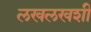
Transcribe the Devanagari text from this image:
लखलखशी